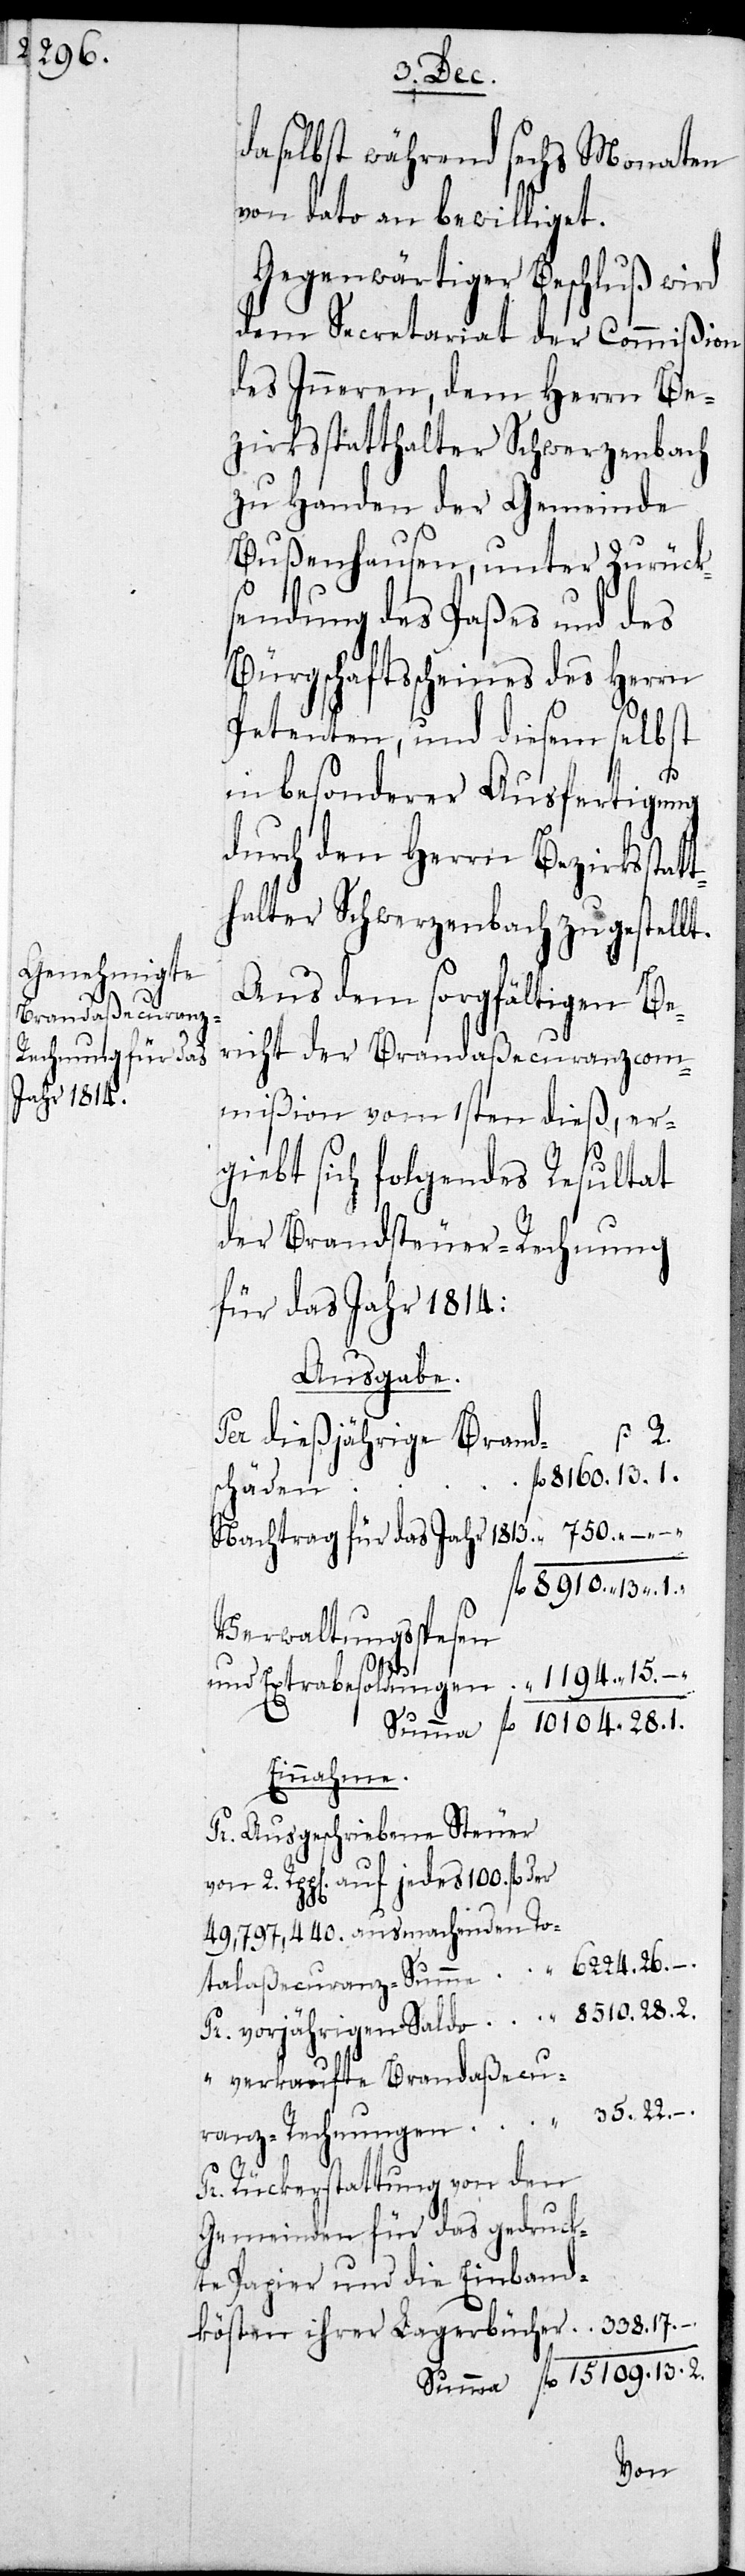
daselbst während sechs Monaten
von dato an bewilliget.
Gegenwärtiger Beschluß wird
dem Secretariat der Commißion
des Inneren, dem Herrn Be¬
zirksstatthalter Schwerzenbach
zu Handen der Gemeinde
Bußenhausen, unter Zurück¬
sendung des Paßes und des
Bürgschaftsscheins des Herrn
Petenten, und diesem selbst
in besonderer Ausfertigung
durch den Herrn Bezirksst¬
halter Schwerzenbach zugestellt.
Aus dem sorgfältigen Be¬
richt der Brandaßecuranzcom¬
mißion vom 1sten dieß, er¬
giebt sich folgendes Resultat
der Brandsteuer-Rechnung
für das Jahr 1814:
Ausgabe.
ß. R.
Per dießjährige Brand¬
fl. 8160. 13. 1.
schäden
Nachtrag für das Jahr 1813 	 “ 750. –. –.
fl. 8910. 13. 1.
Verwaltungsspesen
und Extrabesoldungen	 “ 1194.15. –.
Summa	fl. 10 104. 28. 1.
Einnahme.
Pr. ausgeschriebene Steuer
von 2. Rppen. auf jedes 100. fl. der
49,797,440 ausmachenden To
6224. 26. –.
talaßecuranz-Summe	 “
Pr. vorjährigen Saldo	 “ 8510. 28. 2.
“ verkaufte Brandaßecu-
ranz-Rechnungen	 “ 35. 22. –.
Pr. Rückerstattung von den
Gemeinden für das gedruck-
te Papier und die Einband-
kösten ihrer Lagerbücher	 “ 338. 7. –.
Summa	fl. 15 109. 13. 2.